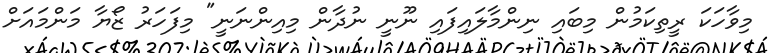
މިވާހަކަ ރީތިކަމުން މިބައި ނިންމާލައިފައި ނޫނީ ނުދާން މިއިންނަނީ" މިފަހަރު ޒޯޔާ މަންމައަށް